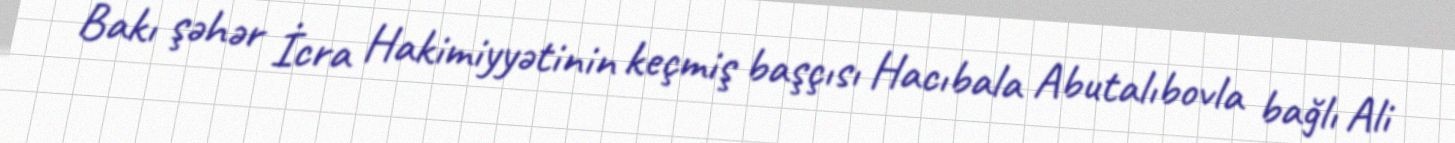
Bakı şəhər İcra Hakimiyyətinin keçmiş başçısı Hacıbala Abutalıbovla bağlı Ali